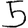
Digit: 5